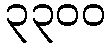
၃၃၀၀